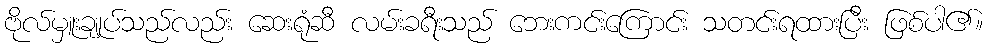
ဗိုလ်မှူးချုပ်သည်လည်း ဆေးရုံဆီ လမ်းခရီးသည် ဘေးကင်းကြောင်း သတင်းရထားပြီး ဖြစ်ပါ၏။